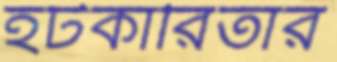
হটকারিতার